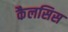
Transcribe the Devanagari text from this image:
कैलसिस